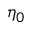
\eta _ { 0 }